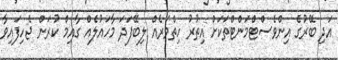
އަދި ބޭރުގެ އިންވެސްޓްމަންޓްތަކަށް އިތުރު ހިތްވަރެއް ލިބޭފަދަ މާހައުލެއް ގާއިމް ކުރަން ޖެހިފައިވާ